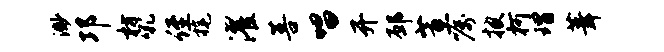
渺邛枋吼侄旄濯菩唱开邳蕙嘱披柯瑁葺